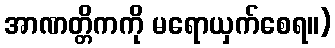
အာဏတ္တိကကို မရောယှက်စေရ။)